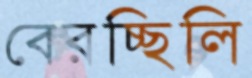
বেরচ্ছিলি